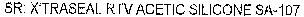
SR: XTRASEAL RTV ACETIC SILICONE SA-107